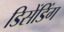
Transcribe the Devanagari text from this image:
डिसेंडिंग